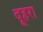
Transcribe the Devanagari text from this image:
दूहरा